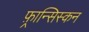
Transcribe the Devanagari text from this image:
फ़्रान्सिस्कन